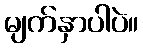
မျက်နှာပါပဲ။